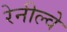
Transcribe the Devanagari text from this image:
रेनील्वे